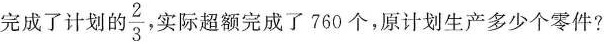
完成了计划的 \frac{2}{3} 实际超额完成了760个，原计划生产多少个零件?